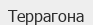
Террагона